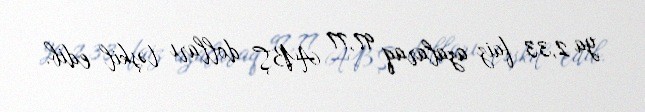
ya 2,33 faiz azalaraq 97,77 ABŞ dolları təşkil edib.